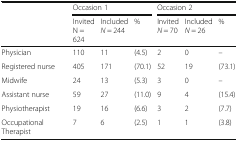
|  | <COLSPAN=3> Occasion 1 | <COLSPAN=3> Occasion 2 |
 |  | InvitedN = 624 | IncludedN = 244 | % | InvitedN = 70 | IncludedN = 26 | % |
 | --- | --- | --- | --- | --- | --- | --- |
 | Physician | 110 | 11 | (4.5) | 2 | 0 | – |
 | Registered nurse | 405 | 171 | (70.1) | 52 | 19 | (73.1) |
 | Midwife | 24 | 13 | (5.3) | 3 | 0 | – |
 | Assistant nurse | 59 | 27 | (11.0) | 9 | 4 | (15.4) |
 | Physiotherapist | 19 | 16 | (6.6) | 3 | 2 | (7.7) |
 | Occupational Therapist | 7 | 6 | (2.5) | 1 | 1 | (3.8) |